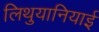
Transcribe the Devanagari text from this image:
लिथुयानियाई